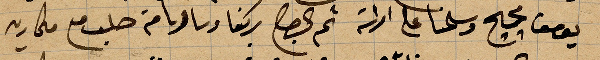
يوسف محج وسلمان على امراته ثم ...وسرنا من حلب مع ...